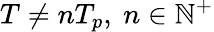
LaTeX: T\neq nT_{p},\ n\in\mathbb{N}^{+}